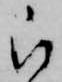
被